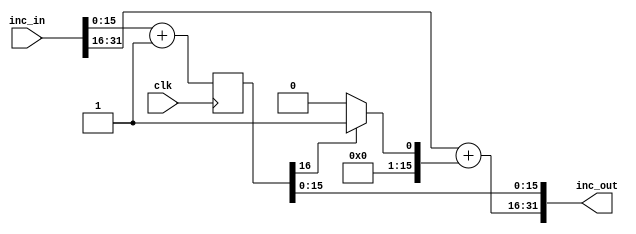
/////////////////////////////////////////////////////////////////////
////                                                             ////
////  WISHBONE Memory Controller                                 ////
////  Parametarized, Pipelined Incrementer                       ////
////                                                             ////
////                                                             ////
////          rudi@asics.ws                                      ////
////                                                             ////
////                                                             ////
////  Downloaded from: http://www.opencores.org/cores/mem_ctrl/  ////
////                                                             ////
/////////////////////////////////////////////////////////////////////
////                                                             ////
//// Copyright (C) 2000-2002 Rudolf Usselmann                    ////
////                         www.asics.ws                        ////
////                         rudi@asics.ws                       ////
////                                                             ////
//// This source file may be used and distributed without        ////
//// restriction provided that this copyright statement is not   ////
//// removed from the file and that any derivative work contains ////
//// the original copyright notice and the associated disclaimer.////
////                                                             ////
////     THIS SOFTWARE IS PROVIDED ``AS IS'' AND WITHOUT ANY     ////
//// EXPRESS OR IMPLIED WARRANTIES, INCLUDING, BUT NOT LIMITED   ////
//// TO, THE IMPLIED WARRANTIES OF MERCHANTABILITY AND FITNESS   ////
//// FOR A PARTICULAR PURPOSE. IN NO EVENT SHALL THE AUTHOR      ////
//// OR CONTRIBUTORS BE LIABLE FOR ANY DIRECT, INDIRECT,         ////
//// INCIDENTAL, SPECIAL, EXEMPLARY, OR CONSEQUENTIAL DAMAGES    ////
//// (INCLUDING, BUT NOT LIMITED TO, PROCUREMENT OF SUBSTITUTE   ////
//// GOODS OR SERVICES; LOSS OF USE, DATA, OR PROFITS; OR        ////
//// BUSINESS INTERRUPTION) HOWEVER CAUSED AND ON ANY THEORY OF  ////
//// LIABILITY, WHETHER IN  CONTRACT, STRICT LIABILITY, OR TORT  ////
//// (INCLUDING NEGLIGENCE OR OTHERWISE) ARISING IN ANY WAY OUT  ////
//// OF THE USE OF THIS SOFTWARE, EVEN IF ADVISED OF THE         ////
//// POSSIBILITY OF SUCH DAMAGE.                                 ////
////                                                             ////
/////////////////////////////////////////////////////////////////////

//  CVS Log
//
//  $Id: mc_incn_r.v,v 1.2 2002-01-21 13:08:52 rudi Exp $
//
//  $Date: 2002-01-21 13:08:52 $
//  $Revision: 1.2 $
//  $Author: rudi $
//  $Locker:  $
//  $State: Exp $
//
// Change History:
//               $Log: not supported by cvs2svn $
//               Revision 1.1  2001/07/29 07:34:41  rudi
//
//
//               1) Changed Directory Structure
//               2) Fixed several minor bugs
//
//               Revision 1.1  2001/06/12 15:18:47  rudi
//
//
//               This is a pipelined primitive incrementor.
//
//
//
//
//


//
// USAGE: incN_r #(<WIDTH>) uN(clk, input, output);
//
module mc_incn_r(clk, inc_in, inc_out);

parameter	incN_width = 32;

input		clk;
input	[incN_width-1:0]	inc_in;
output	[incN_width-1:0]	inc_out;

parameter	incN_center = incN_width / 2;

reg	[incN_center:0]		out_r;
wire	[31:0]			tmp_zeros = 32'h0;
wire	[incN_center-1:0]	inc_next;

always @(posedge clk)
	out_r <= #1 inc_in[incN_center - 1:0] + {tmp_zeros[incN_center-2:0], 1'h1};

assign inc_out[incN_width-1:incN_center] = inc_in[incN_width-1:incN_center] + inc_next;

assign inc_next = out_r[incN_center] ?
			{tmp_zeros[incN_center-2:0], 1'h1} : tmp_zeros[incN_center-2:0];

assign inc_out[incN_center-1:0]  = out_r;

endmodule